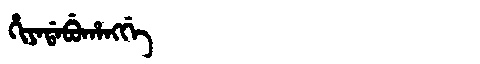
Manchu: ᡥᡳᠶᠠᡩᠠᠪᡠᡥᠠᠩᡤᡝ
Romanization: HIYADABUHANGGE